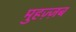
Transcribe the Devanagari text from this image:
मुहज़्ज़ब